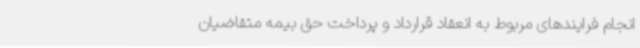
انجام فرایندهای مربوط به انعقاد قرارداد و پرداخت حق بیمه متقاضیان